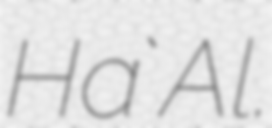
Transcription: Ha`Al.